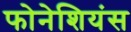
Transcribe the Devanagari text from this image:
फोनेशियंस